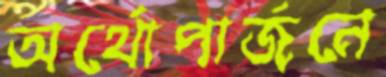
অর্থোপার্জনে